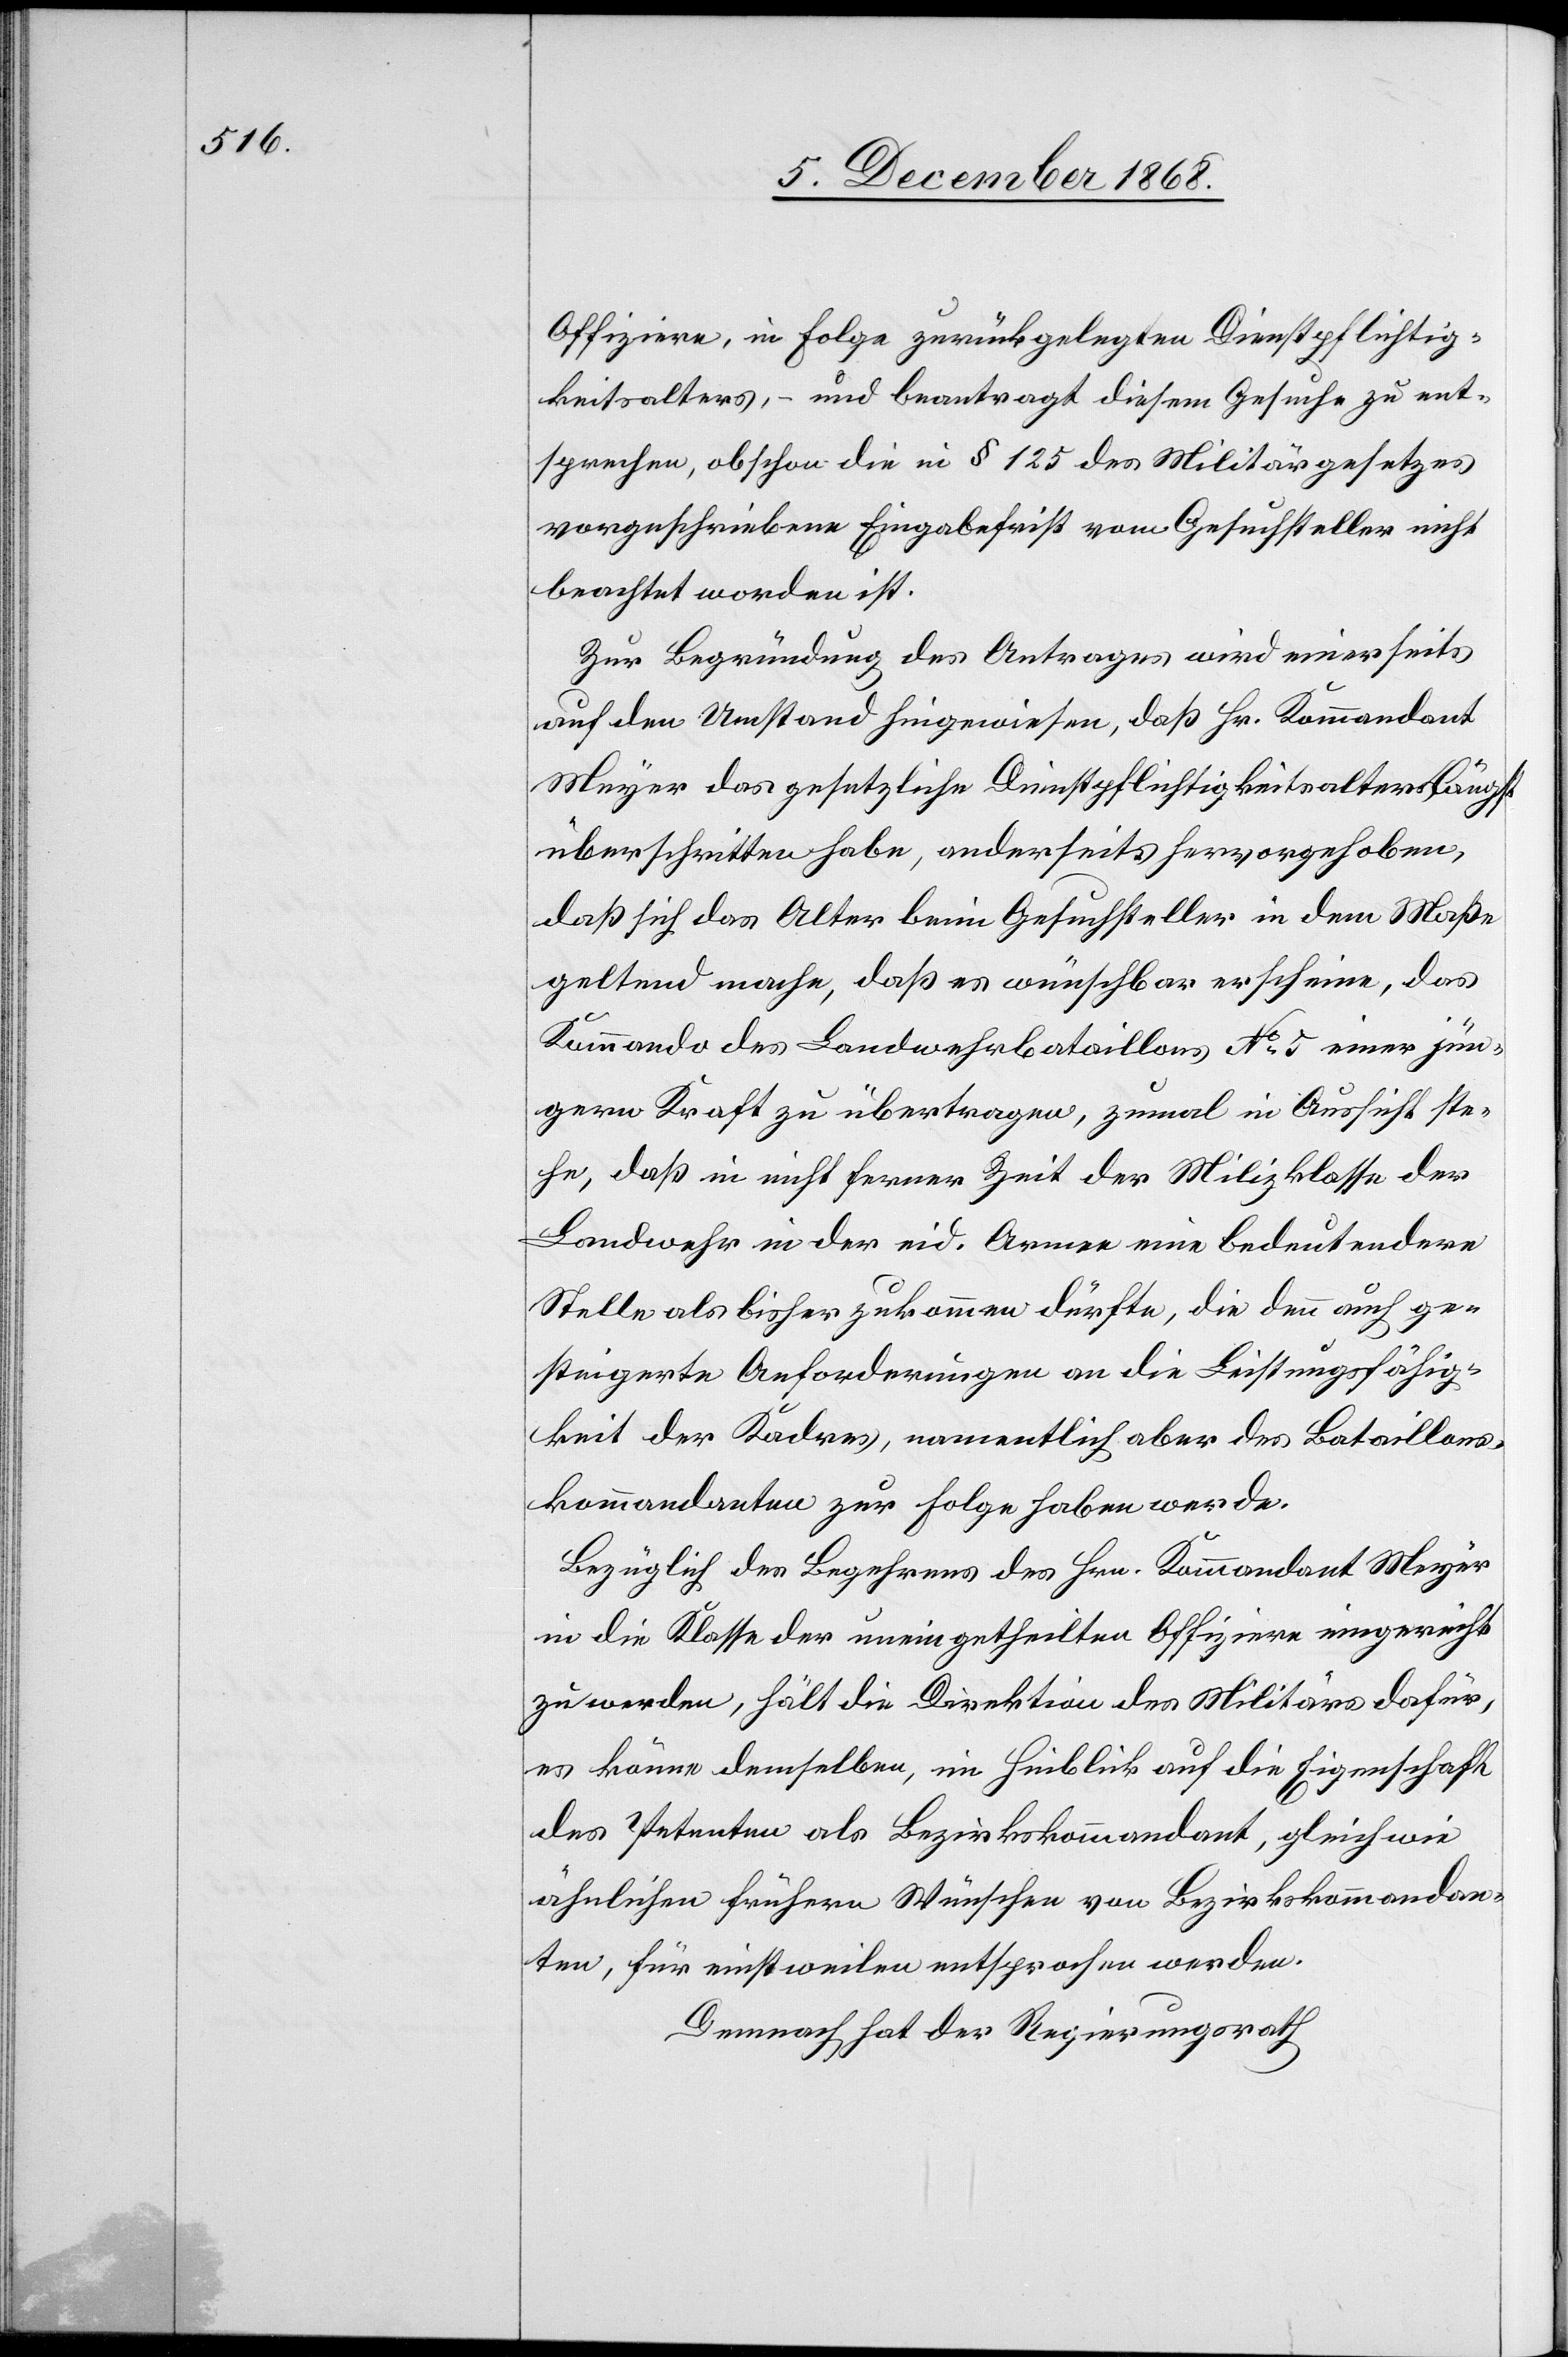
Offiziere, in Folge zurückgelegten Dienstpflichtig¬
keitsalters, – und beantragt diesem Gesuche zu ent¬
sprechen, obschon die in § 125 des Militärgesetzes
vorgeschriebene Eingabefrist vom Gesuchsteller nicht
beachtet worden ist.
Zur Begründung des Antrages wird einerseits
auf den Umstand hingewiesen, daß Hr. Kommandant
Meyer das gesetzliche Dienstpflichtigkeitsalter längst
überschritten habe, anderseits hervorgehoben,
daß sich das Alter beim Gesuchsteller in dem Maße
geltend mache, daß es wünschbar erscheine, das
Kommando des Landwehrbataillons No 5 einer jün¬
gern Kraft zu übertragen, zumal in Aussicht ste¬
he, daß in nicht ferner Zeit der Milizklasse der
Landwehr in der eid. Armee eine bedeutendere
Stelle als bisher zukommen dürfte, die denn auch ge¬
steigerte Anforderungen an die Leistungsfähig¬
keit der Kadres, namentlich aber des Bataillons¬
kommandanten zur Folge haben werde.
Bezüglich des Begehrens des Hrn. Kommandant Meyer
in die Klasse der uneingetheilten Offiziere eingereiht
zu werden, hält die Direktion des Militärs dafür,
es könne demselben, im Hinblick auf die Eigenschaft
des Petenten als Bezirkskommandant, gleichwie
ähnlichen frühern Wünschen von Bezirkskommandan¬
ten, für einstweilen entsprochen werden.
Demnach hat der Regierungsrath